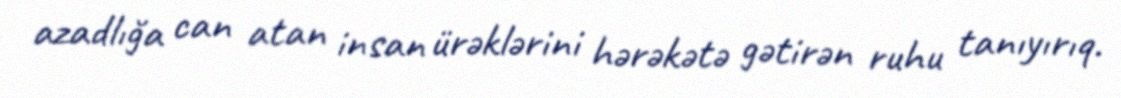
azadlığa can atan insan ürəklərini hərəkətə gətirən ruhu tanıyırıq.